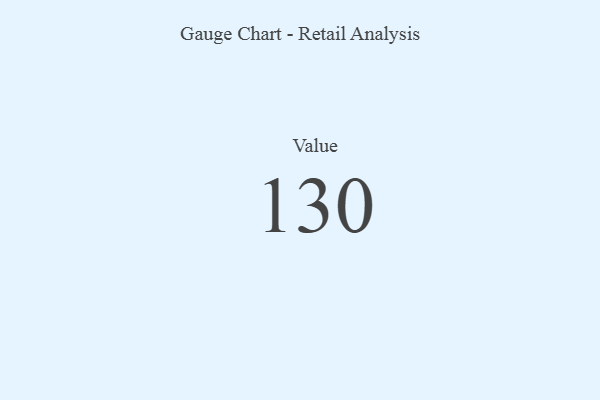
{"axis": {"x": "Metric", "y": "Value"}, "legend": [""], "data": [{"x": "Value", "y": 130, "type": ""}]}